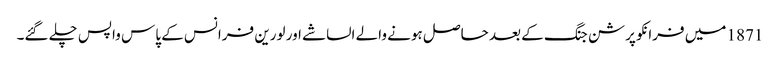
1871 میں فرانکو پرشن جنگ کے بعد حاصل ہونے والے الساشے اور لورین فرانس کے پاس واپس چلے گئے۔